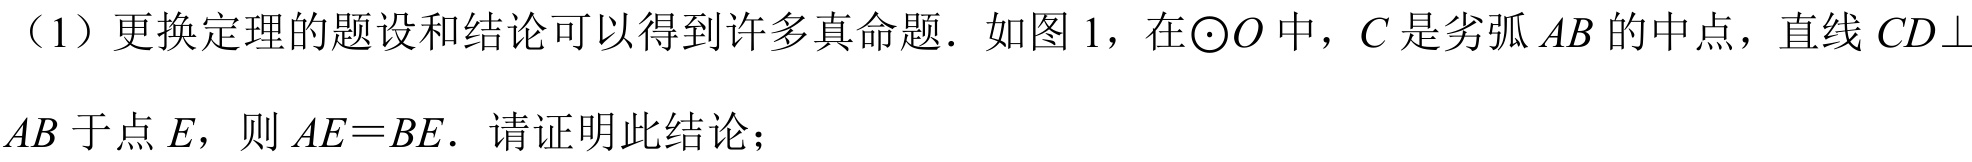
（1）更换定理的题设和结论可以得到许多真命题．如图 1，在$\odot O$中，$C$是劣弧$AB$的中点，直线$CD\perp AB$于点$E$，则$AE = BE$．请证明此结论；